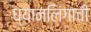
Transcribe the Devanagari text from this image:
ध्यानलिंगाची